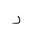
Letter: _ra